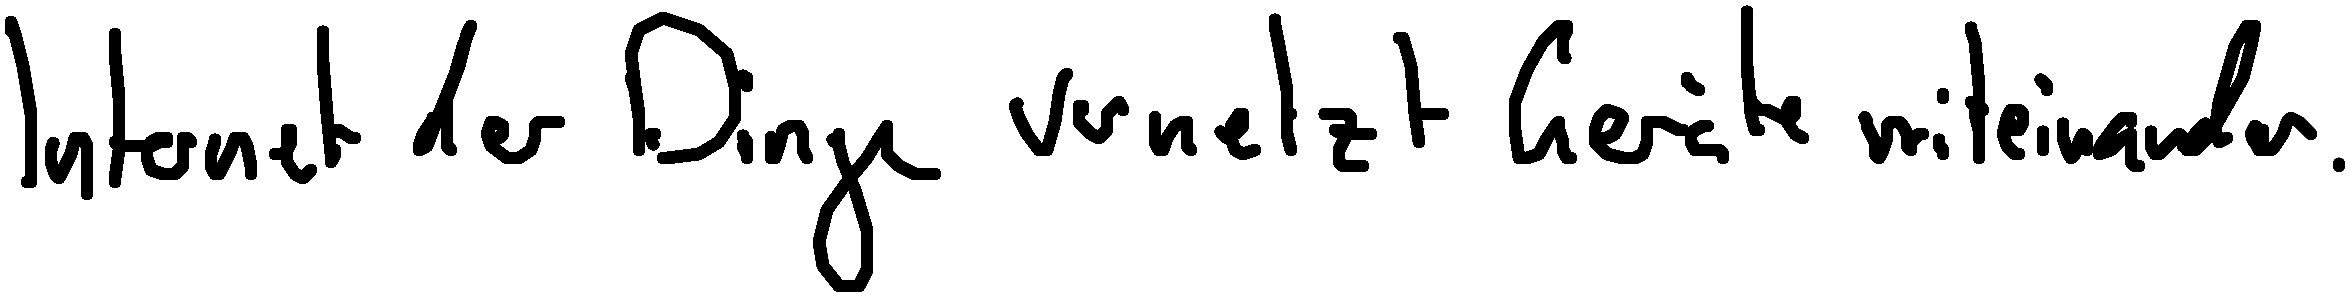
Internet der Dinge vernetzt Geräte miteinander.